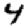
Digit: 4